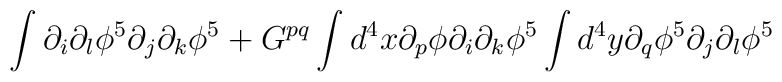
\int \partial_i \partial_l \phi^5 \partial_j \partial_k \phi^5 + G^{pq} \int d^4 x \partial_p \phi \partial_i \partial_k \phi^5  \int d^4 y \partial_q \phi^5 \partial_j \partial_l \phi^5